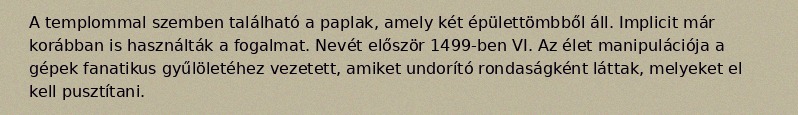
A templommal szemben található a paplak, amely két épülettömbből áll. Implicit már korábban is használták a fogalmat. Nevét először 1499-ben VI. Az élet manipulációja a gépek fanatikus gyűlöletéhez vezetett, amiket undorító rondaságként láttak, melyeket el kell pusztítani.